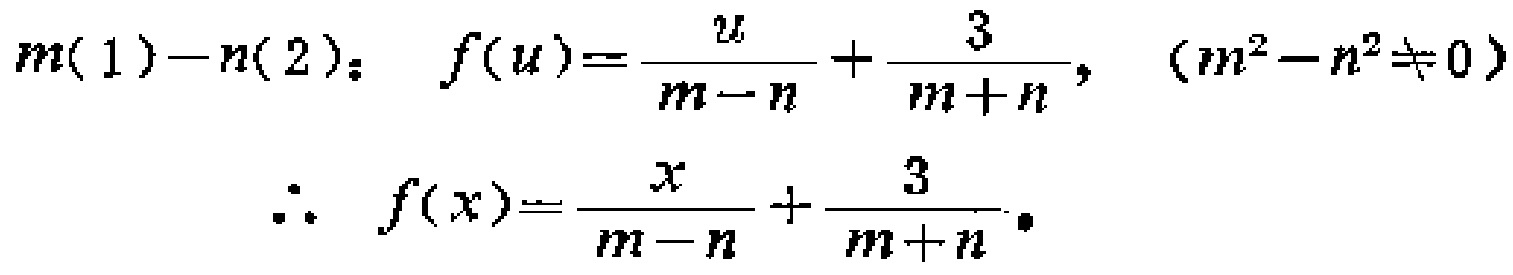
\[
\begin{align*}
m(1)-n(2):\quad f(u)&=\frac{u}{m - n}+\frac{3}{m + n},\quad (m^{2}-n^{2}\neq0)\\
\therefore\quad f(x)&=\frac{x}{m - n}+\frac{3}{m + n}
\end{align*}
\]